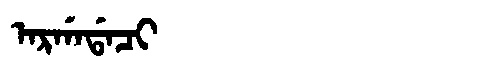
Manchu: ᠠᡵᡤᠠᡩᠠᠴᡳ
Romanization: ARGADACI